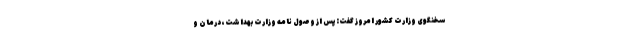
سخنگوی وزارت کشور امروز گفت:پس از وصول نامه وزارت بهداشت، درمان و